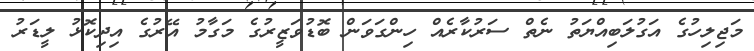
މަޖިލިހުގެ އަގުލަބިއްޔަތު ނެތް ސަރުކާރެއް ހިންގަވަން ބޮޑުވަޒީރުގެ މަގާމު އޭރުގެ އިދިކޮޅު ލީޑަރު